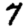
Digit: 7